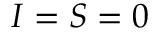
I = S = 0